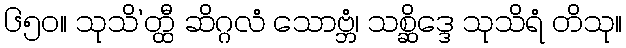
၆၅၀။ သုသိ’တ္ထီ ဆိဂ္ဂလံ သောဗ္ဘံ၊ သစ္ဆိဒ္ဒေ သုသိရံ တိသု။